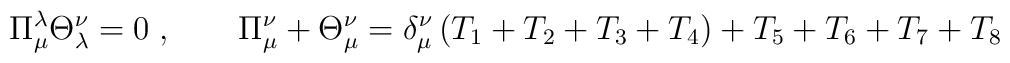
\Pi _{\mu }^{\lambda }\Theta _{\lambda }^{\nu }=0\;,\qquad \Pi _{\mu }^{\nu}+\Theta _{\mu }^{\nu }=\delta _{\mu }^{\nu }\left(T_{1}+T_{2}+T_{3}+T_{4}\right) +T_{5}+T_{6}+T_{7}+T_{8}